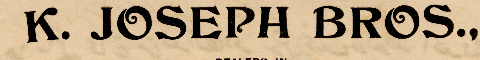
K. JOSEPH BROS.,